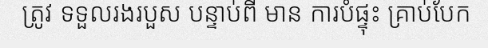
ត្រូវ ទទួលរងរបួស បន្ទាប់ពី មាន ការបំផ្ទុះ គ្រាប់បែក